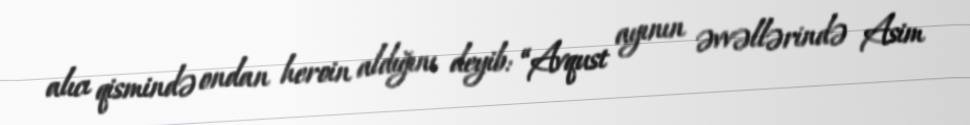
alıcı qismində ondan heroin aldığını deyib: “Avqust ayının əvvəllərində Asim